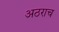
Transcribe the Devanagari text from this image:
अठराच